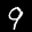
Label: 9